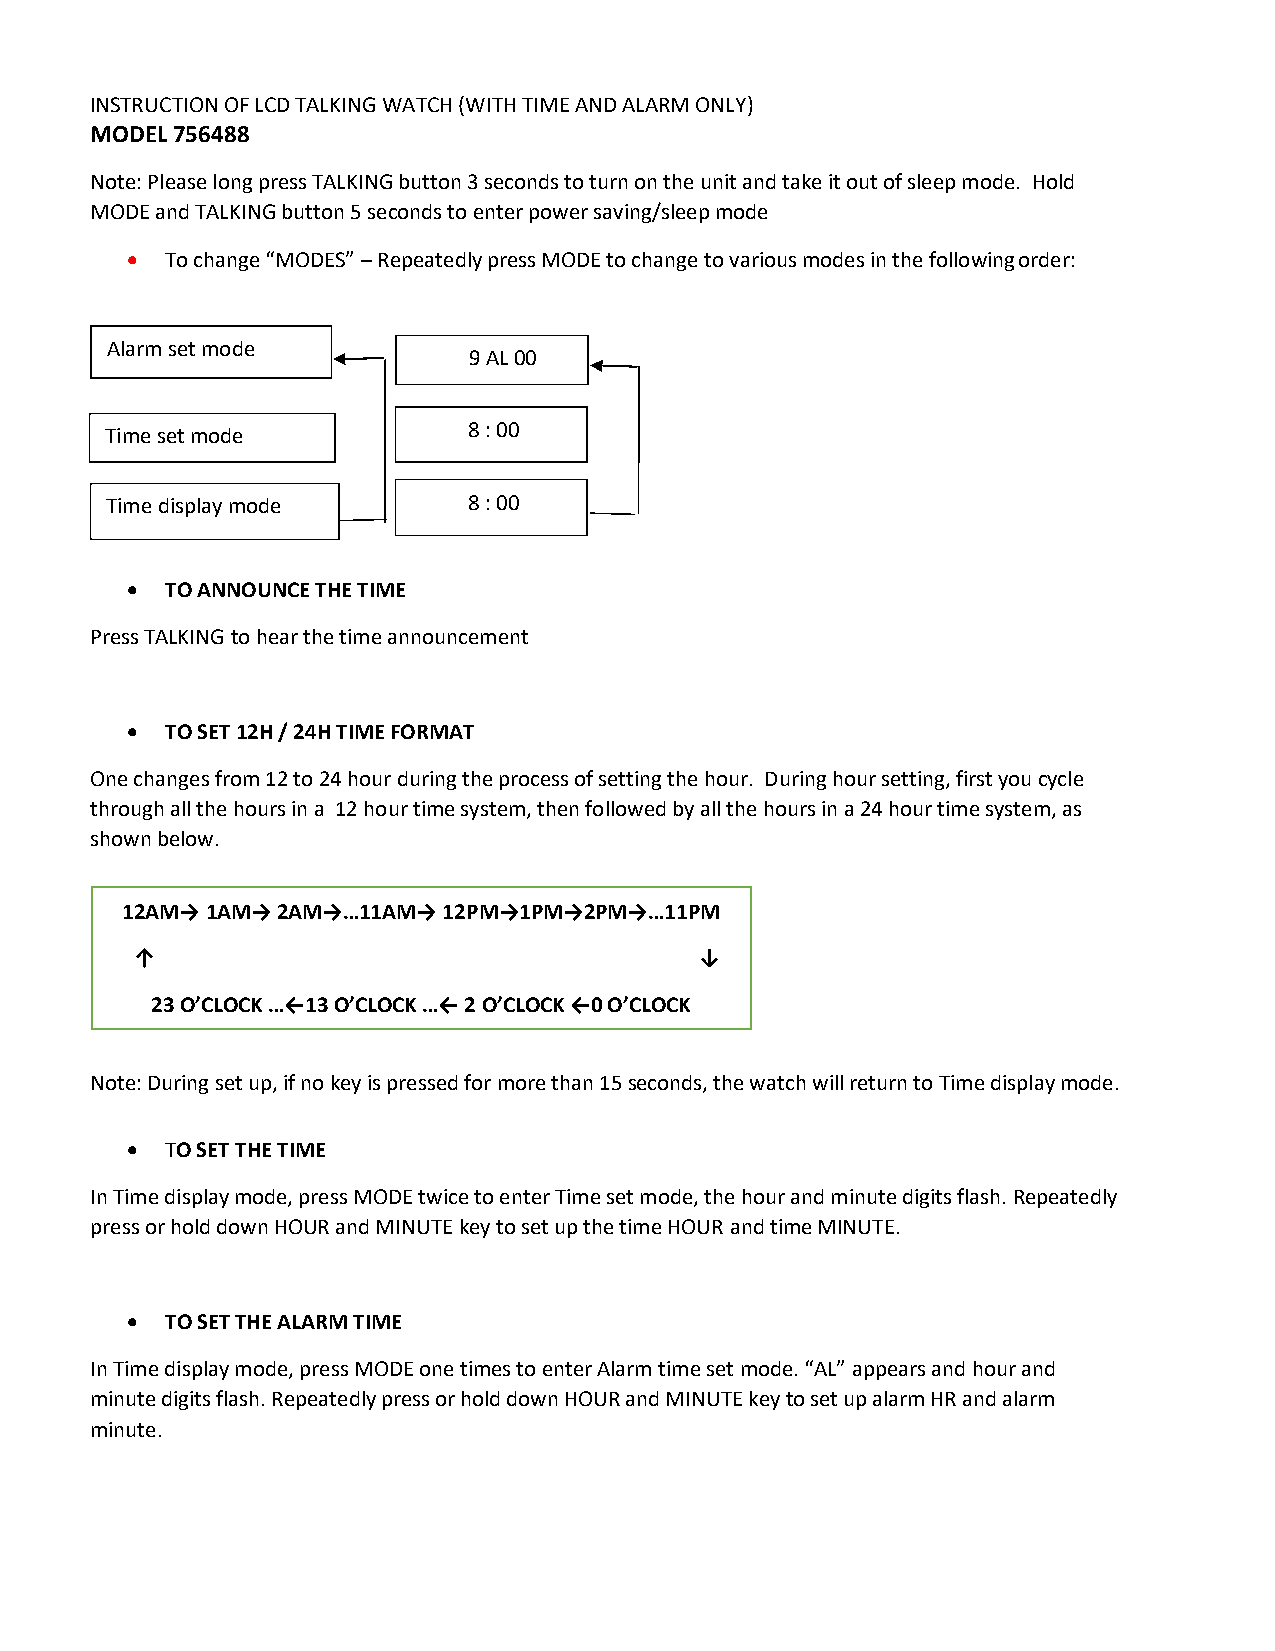
INSTRUCTION OF LCD TALKING WATCH (WITH TIME AND ALARM ONLY)
 MODEL 756488
 Note: Please long press TALKING button 3 seconds to turn on the unit and take it out of sleep mode. Hold
 MODE and TALKING button 5 seconds to enter power saving/sleep mode
 •  To change “MODES” – Repeatedly press MODE to change to various modes in the following order:
 Alarm set mode
 9 AL 00
 Time set mode           8 : 00
 Time display mode       8 : 00
 •  TO ANNOUNCE THE TIME
 Press TALKING to hear the time announcement
 •  TO SET 12H / 24H TIME FORMAT
 One changes from 12 to 24 hour during the process of setting the hour. During hour setting, first you cycle
 through all the hours in a 12 hour time system, then followed by all the hours in a 24 hour time system, as
 shown below.
 12AM→ 1AM→ 2AM→…11AM→ 12PM→1PM→2PM→…11PM
 ↑                                    ↓
 23 O’CLOCK …←13 O’CLOCK …← 2 O’CLOCK ←0 O’CLOCK
 Note: During set up, if no key is pressed for more than 15 seconds, the watch will return to Time display mode.
 •  TO SET THE TIME
 In Time display mode, press MODE twice to enter Time set mode, the hour and minute digits flash. Repeatedly
 press or hold down HOUR and MINUTE key to set up the time HOUR and time MINUTE.
 •  TO SET THE ALARM TIME
 In Time display mode, press MODE one times to enter Alarm time set mode. “AL” appears and hour and
 minute digits flash. Repeatedly press or hold down HOUR and MINUTE key to set up alarm HR and alarm
 minute.